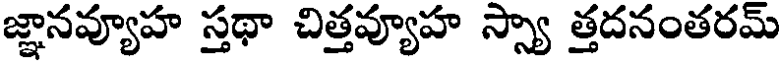
జ్ఞానవ్యూహ స్తథా చిత్తవ్యూహ స్స్యా త్తదనంతరమ్